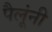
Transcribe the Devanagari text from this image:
पैलूंनी